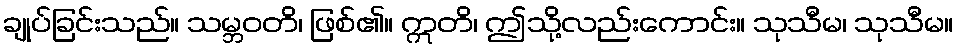
ချုပ်ခြင်းသည်။ သမ္ဘဝတိ၊ ဖြစ်၏။ ဣတိ၊ ဤသို့လည်းကောင်း။ သုသီမ၊ သုသီမ။